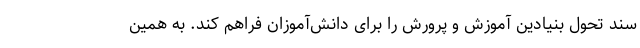
سند تحول بنیادین آموزش و پرورش را برای دانش‌آموزان فراهم کند. به همین